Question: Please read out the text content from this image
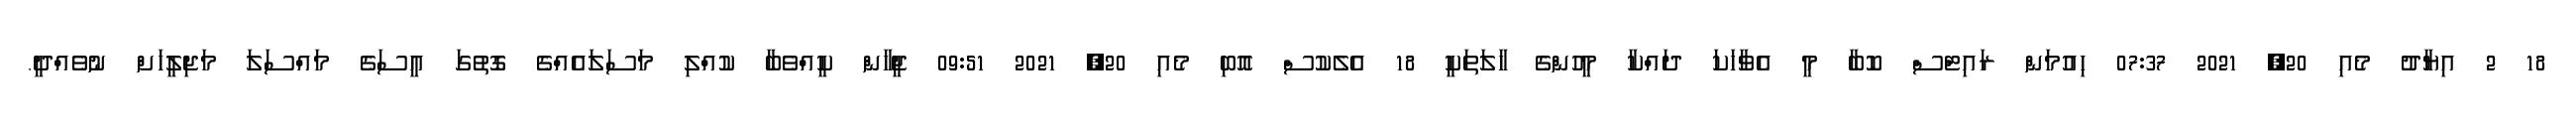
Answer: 18 2 އިޔާދު މެއި 20, 2021 07:37 ހިއުމަން ރައިޓްސް ކޮބާ މީ އެވާހަކަ ދައްކާ މީހުންގެ ހާލަތަކީ 18 އެލެކުސް އޮބި މެއި 20, 2021 09:51 ޖީހާން ކީއްވެބާ ކުއްލި މަސަލައެއްގެ ގޮތުގަ އީސަގެ މައްސަލަ މަޖިލީހަށް ނުވެއްދީ.